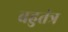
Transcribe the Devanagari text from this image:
बहुतंत्र